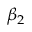
\beta _ { 2 }